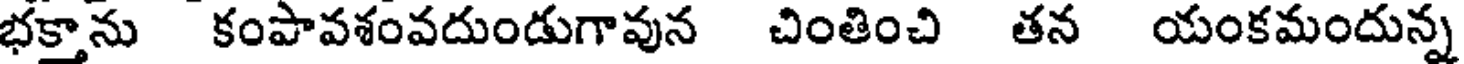
భక్తాను కంపావశంవదుండుగావున చింతించి తన యంకమందున్న